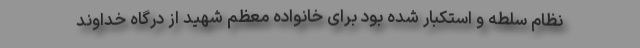
نظام سلطه و استکبار شده بود برای خانواده معظم شهید از درگاه خداوند